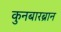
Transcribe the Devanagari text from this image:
कुनबारब्रान